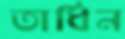
তাধিন